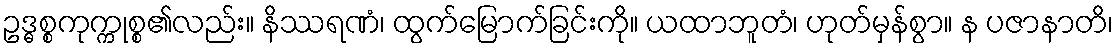
ဥဒ္ဓစ္စကုက္ကုစ္စ၏လည်း။ နိဿရဏံ၊ ထွက်မြောက်ခြင်းကို။ ယထာဘူတံ၊ ဟုတ်မှန်စွာ။ န ပဇာနာတိ၊